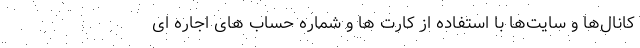
کانال‌ها و سایت‌ها با استفاده از کارت ها و شماره حساب های اجاره ای